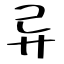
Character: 异